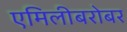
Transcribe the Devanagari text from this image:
एमिलीबरोबर